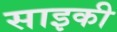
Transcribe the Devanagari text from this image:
साइकी